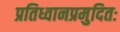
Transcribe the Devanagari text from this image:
प्रतिध्वानप्रमुदितः